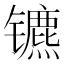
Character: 镳